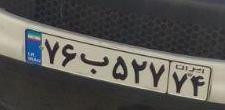
۷۶ب۵۲۷۷۴